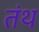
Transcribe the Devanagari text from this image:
तंथ